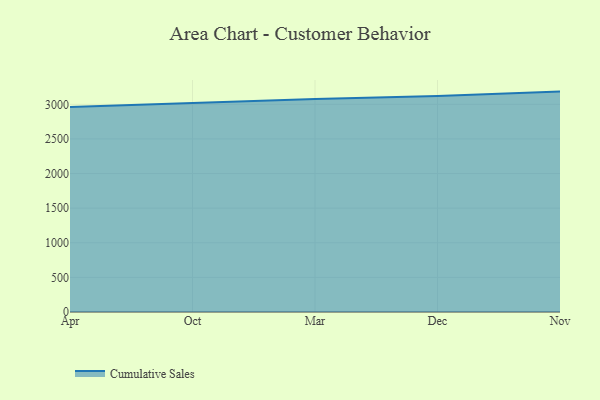
{"axis": {"x": "Month", "y": "Population (Million)"}, "legend": ["Cumulative Sales"], "data": [{"x": "Apr", "y": 2961.0, "type": "Cumulative Sales"}, {"x": "Oct", "y": 3021.9, "type": "Cumulative Sales"}, {"x": "Mar", "y": 3075.1, "type": "Cumulative Sales"}, {"x": "Dec", "y": 3121.7, "type": "Cumulative Sales"}, {"x": "Nov", "y": 3183.5, "type": "Cumulative Sales"}]}